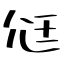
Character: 尩